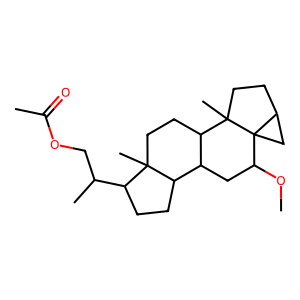
SMILES: COC1CC2C3CCC(C(C)COC(C)=O)C3(C)CCC2C2(C)CCC3CC312
Inhibits HIV replication: No